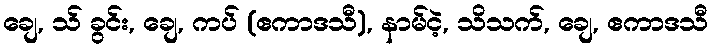
ချေ, သ် ခွင်း, ချေ, ကပ် (ဧကာဒသီ), နာမ်ငဲ့, သိသက်, ချေ, ဧကာဒသီ